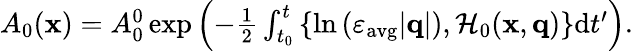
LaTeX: \begin{array}{r}{A_{0}(\mathbf{x})=A_{0}^{0}\exp\left(-\frac{1}{2}\int_{t_{0}}^{t}\left\{ \ln{(\varepsilon_{\mathrm{avg}}|\mathbf{q}|)},\mathcal{H}_{0}(\mathbf{x},\mathbf{q})\right\} \mathrm{d}t^{\prime}\right).}\end{array}